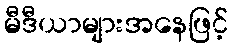
မီဒီယာများအနေဖြင့်